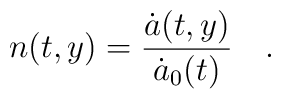
n(t,y) = {{\dot a(t,y)} \over {\dot a_0(t)}} \quad .